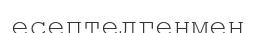
есептелгенмен